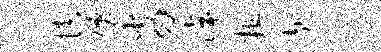
慎仙劣侔粗赴